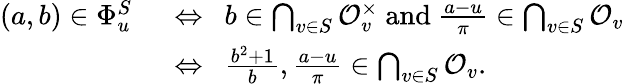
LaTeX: \begin{array}{rl}{(a,b)\in\Phi_{u}^{S}\enspace}&{\Leftrightarrow\enspace b\in\bigcap_{v\in S}\mathcal{O}_{v}^{\times}\mathrm{~and~}\frac{a-u}{\pi}\in\bigcap_{v\in S}\mathcal{O}_{v}}\\ &{\Leftrightarrow\enspace\frac{b^{2}+1}{b},\frac{a-u}{\pi}\in\bigcap_{v\in S}\mathcal{O}_{v}.}\end{array}